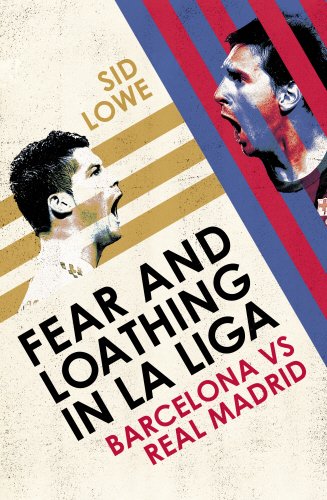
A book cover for Fear and Loathing in La Liga: Barcelona vs Real Madrid; Sid Lowe; Biographies & Memoirs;